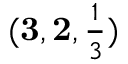
( \mathbf { 3 } , \mathbf { 2 } , \textstyle { \frac { 1 } { 3 } } )